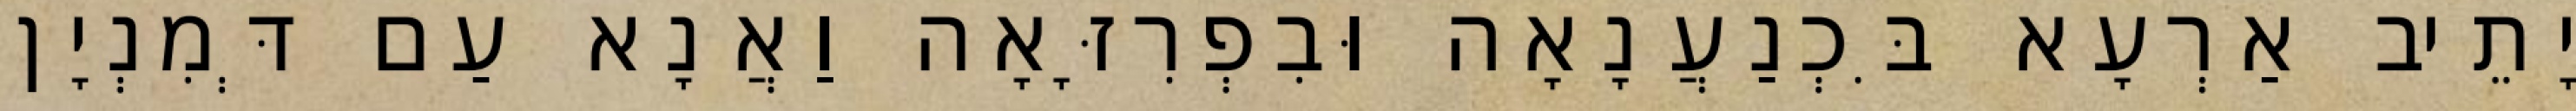
יָתֵיב אַרְעָא בִּכְנַעֲנָאָה וּבִפְרִזָּאָה וַאֲנָא עַם דְּמִנְיָן